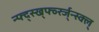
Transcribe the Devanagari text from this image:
न्फ्द्स्ख्र्फ्व्स्ज्न्स्क्ल्